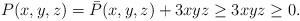
LaTeX: \begin{align*}P(x,y,z)=\bar{P}(x,y,z)+3xyz\geq3xyz\geq0.\end{align*}